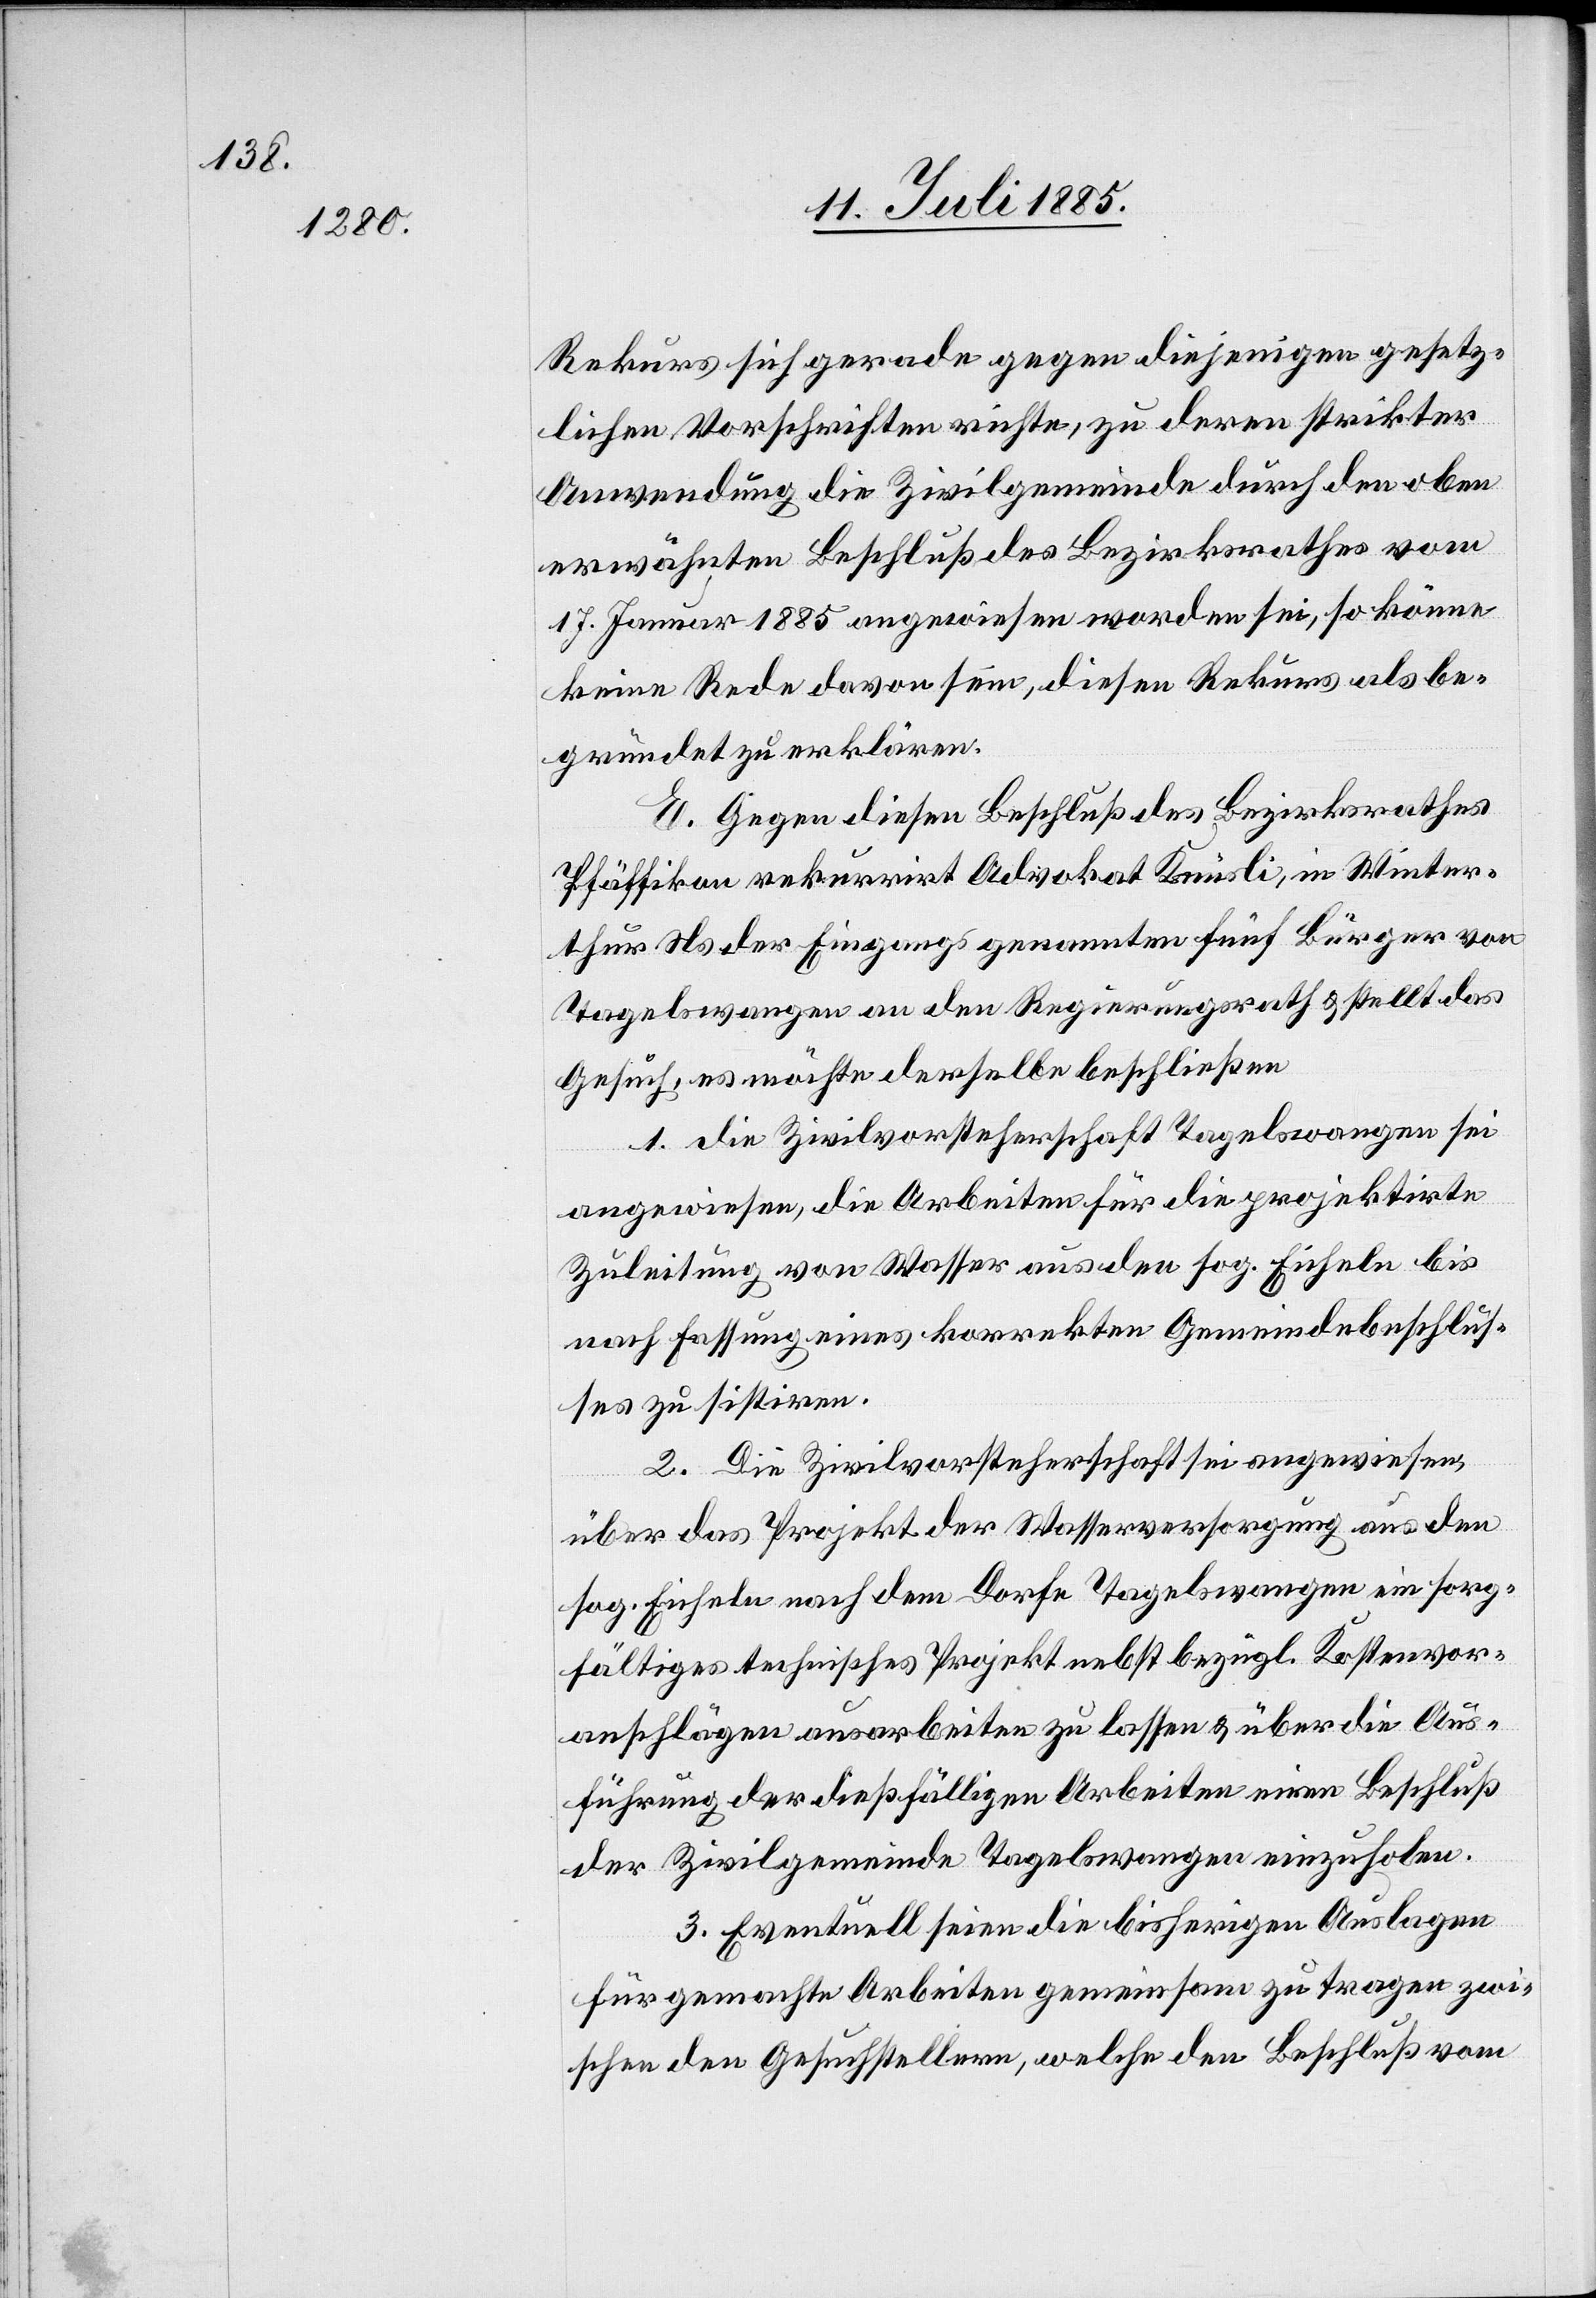
Rekurs sich gerade gegen diejenigen gesetz¬
lichen Vorschriften richte, zu deren strikter
Anwendung die Zivilgemeinde durch den oben
erwähnten Beschluß des Bezirksrathes vom
17. Januar 1885 angewiesen worden sei, so könne
keine Rede davon sein, diesen Rekurs als be¬
gründet zu erklären.
E. Gegen diesen Beschluß des Bezirksrathes
Pfäffikon rekurrirt Advokat Knüsli, in Winter¬
thur Ns der Eingangs genannten fünf Bürger von
Tagelswangen an den Regierungsrath & stellt das
Gesuch, es möchte derselbe beschließen
1. die Zivilvorsteherschaft Tagelswangen sei
angewiesen, die Arbeiten für die projektirte
Zuleitung von Wasser aus den sog. Eicheln bis
nach Fassung eines korrekten Gemeindebeschlus¬
ses zu sistiren.
2. Die Zivilvorsteherschaft sei angewiesen,
über das Projekt der Wasserversorgung aus den
sog. Eicheln nach dem Dorfe Tagelswangen ein sorg¬
fältiges technisches Projekt nebst bezügl. Kostenvor¬
anschlägen ausarbeiten zu lassen & über die Aus¬
führung der dießfälligen Arbeiten einen Beschluß
der Zivilgemeinde Tagelswangen einzuholen.
3. Eventuell seien die bisherigen Auslagen
für gemachte Arbeiten gemeinsam zu tragen zwi¬
schen den Gesuchstellern, welche den Beschluß vom